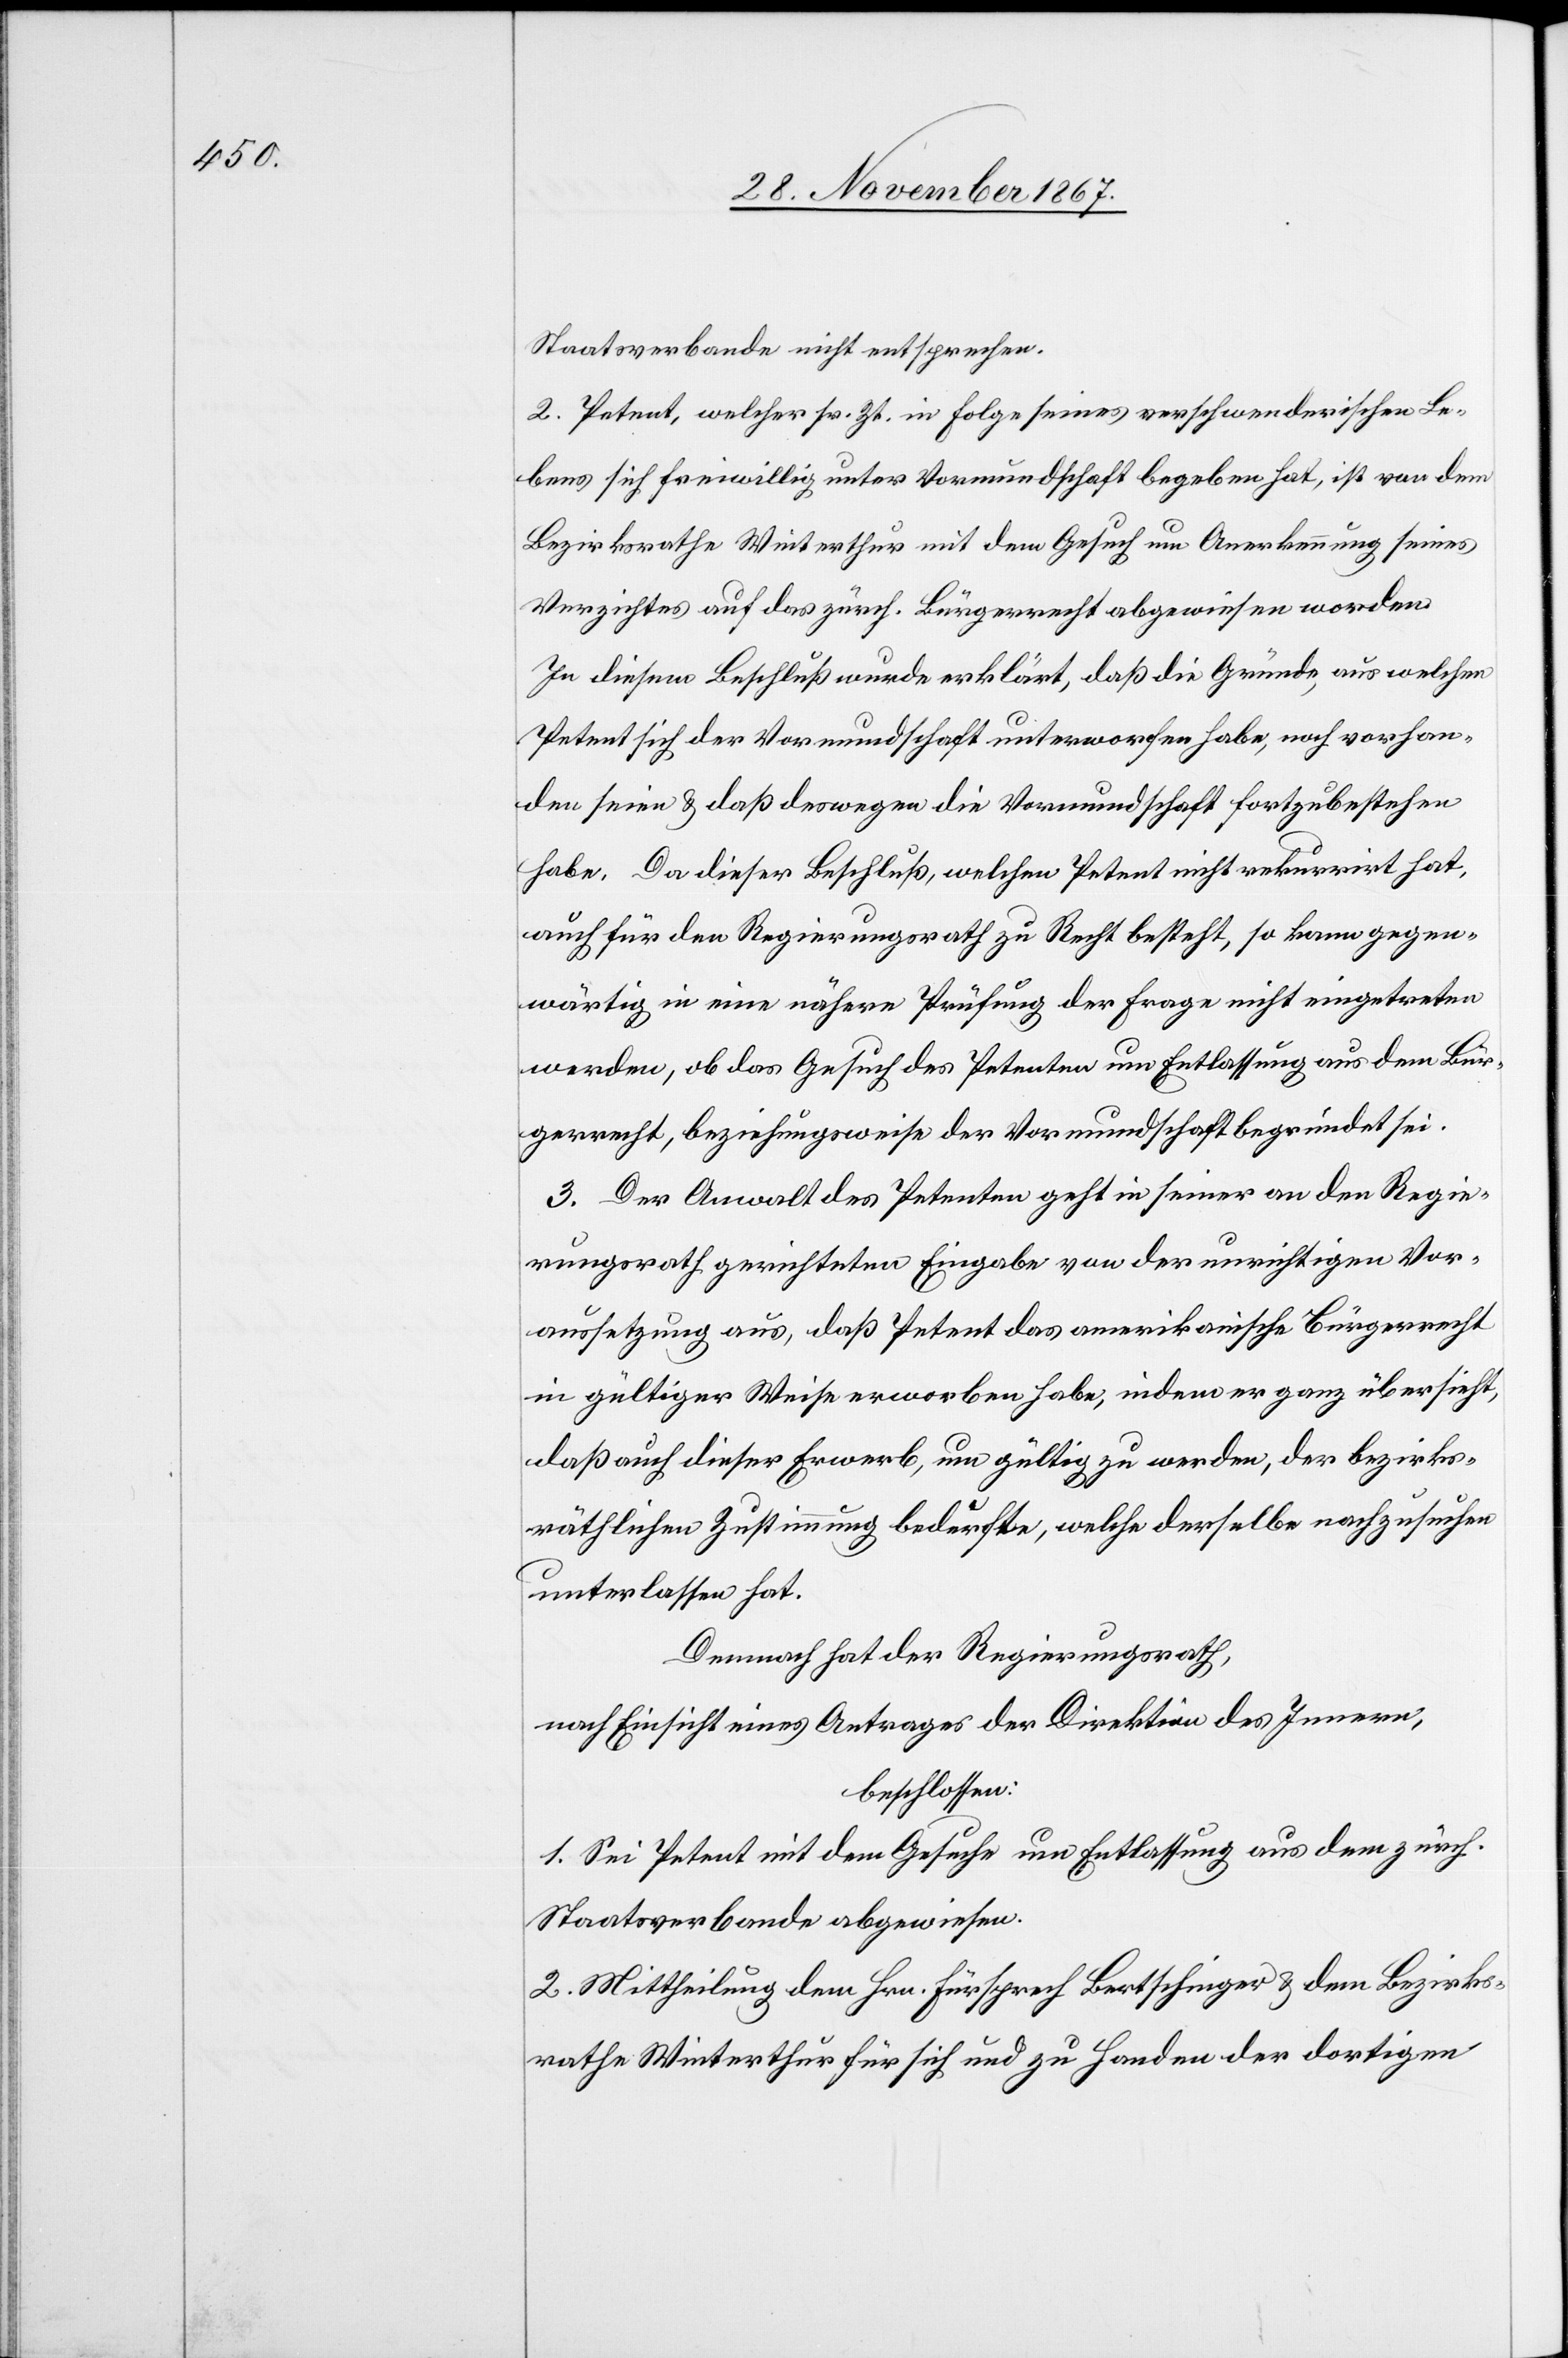
Staatsverbande nicht entsprechen.
2. Petent, welcher sr. Zt. in Folge seines verschwenderischen Le¬
bens sich freiwillig unter Vormundschaft begeben hat, ist vor dem
Bezirksrathe Winterthur mit dem Gesuch um Anerkennung seines
Verzichtes auf das zürch. Bürgerrecht abgewiesen worden.
In diesem Beschluß wurde erklärt, daß die Gründe, aus welchen
Petent sich der Vormundschaft unterworfen habe, noch vorhan¬
den seien u. daß deswegen die Vormundschaft fortzubestehen
habe. Da dieser Beschluß, welchen Petent nicht rekurrirt hat,
auch für die Regierungsrath zu Recht besteht, so kann gegen¬
wärtig in eine nähere Prüfung der Frage nicht eingetreten
werden, ob das Gesuch des Petenten um Entlassung aus dem Bür¬
gerrecht, beziehungsweise der Vormundschaft begründet sei.
3. Der Anwalt des Petenten geht in seiner an den Regie¬
rungsrath gerichteten Eingabe von der unrichtigen Vor¬
aussetzung aus, daß Petent das amerikanische Bürgerrecht
in gültiger Weise erworben habe, indem er ganz übersieht,
daß auch dieser Erwerb, um gültig zu werden, der bezirks¬
räthlichen Zustimmung bedürfte, welche derselbe nachzusuchen
unterlassen hat.
Demnach hat der Regierungsrath,
nach Einsicht eines Antrages der Direktion des Innern,
beschlossen:
1. Sei Petent mit dem Gesuch um Entlassung aus dem zürch.
Staatsverbande abgewiesen.
2. Mittheilung dem Hrn. Fürsprech Bertschinger u. dem Bezirks¬
rathe Winterthur für sich u. zu Handen der dortigen